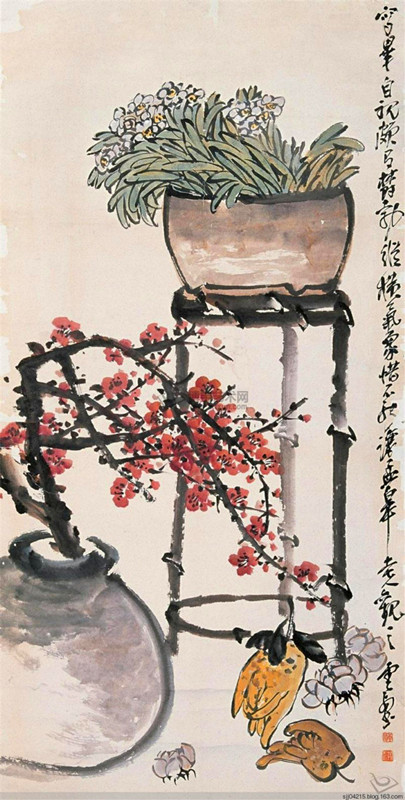
淡淡梅花香欲染，丝丝柳带露初干。